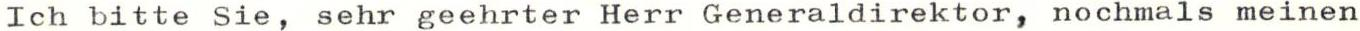
Ich bitte Sie, sehr geehrter Herr Generaldirektor, nochmals meinen